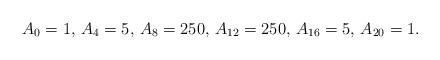
LaTeX: \begin{align*} A_0=1,\, A_4=5, \,A_8=250,\, A_{12}=250, \,A_{16}=5,\, A_{20}=1.\end{align*}